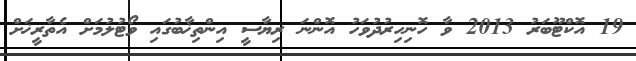
19 އޮކްޓޫބަރު 2013 ވާ ހޮނިހިރުދުވަހު އޮންނަ ރިޔާސީ އިންތިޚާބުގައި ވޯޓުލުމަށް އެތާރީޚަށް